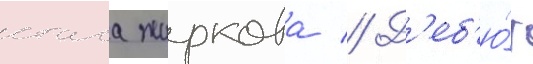
стаса жиркова // Д'еб'ю́т